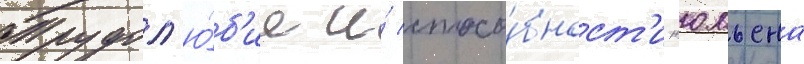
Трудол'ю́б'ие и́ спосо́бност'и жюльена